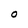
Character: O